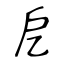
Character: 戹